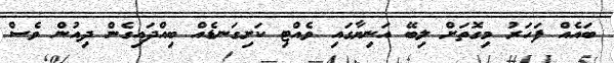
ބައެއް ފަހަރު މިގޮތަށް ލިބޭ އަނިޔާގައި ވެއްޓި ކަށިގަނޑެއް ބިއްދައިގެން ދިއުން ވެސް